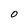
Character: 0